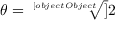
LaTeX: \theta = { \sqrt [ [object Object] ] { 2 } }